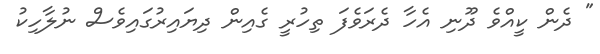
" ދެން ކީއްވެ ދޫނި އެހާ ދެރަވެފަ ތިހުރީ ގެއިން ދިޔައިރުގައިވެސް ނުލާހިކު